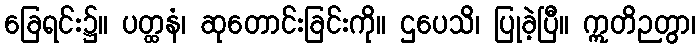
ခြေရင်း၌။ ပတ္ထနံ၊ ဆုတောင်းခြင်းကို။ ဌပေသိ၊ ပြုခဲ့ပြီ။ ဣတိဉတွာ၊